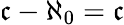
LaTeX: {\mathfrak{c}}-\aleph_{0}={\mathfrak{c}}